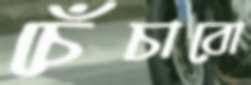
চেঁচাবো